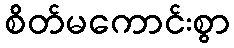
စိတ်မကောင်းစွာ